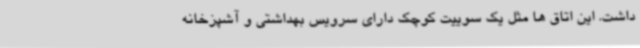
داشت. این اتاق ها مثل یک سوییت کوچک دارای سرویس بهداشتی و آشپزخانه